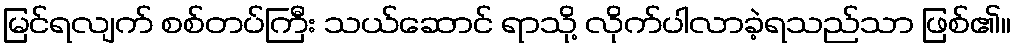
မြင်ရလျက် စစ်တပ်ကြီး သယ်ဆောင် ရာသို့ လိုက်ပါလာခဲ့ရသည်သာ ဖြစ်၏။